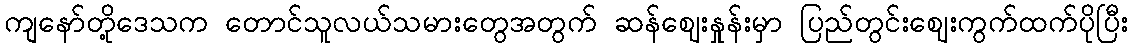
ကျနော်တို့ဒေသက တောင်သူလယ်သမားတွေအတွက် ဆန်ဈေးနှုန်းမှာ ပြည်တွင်းဈေးကွက်ထက်ပိုပြီး